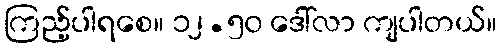
ကြည့်ပါရစေ။ ၁၂.၅၀ ဒေါ်လာ ကျပါတယ်။